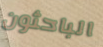
الباحثون